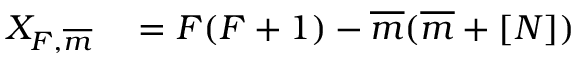
\begin{array} { r l } { X _ { F , \overline { { m } } } } & { { } = F ( F + 1 ) - \overline { { m } } ( \overline { { m } } + [ N ] ) } \end{array}